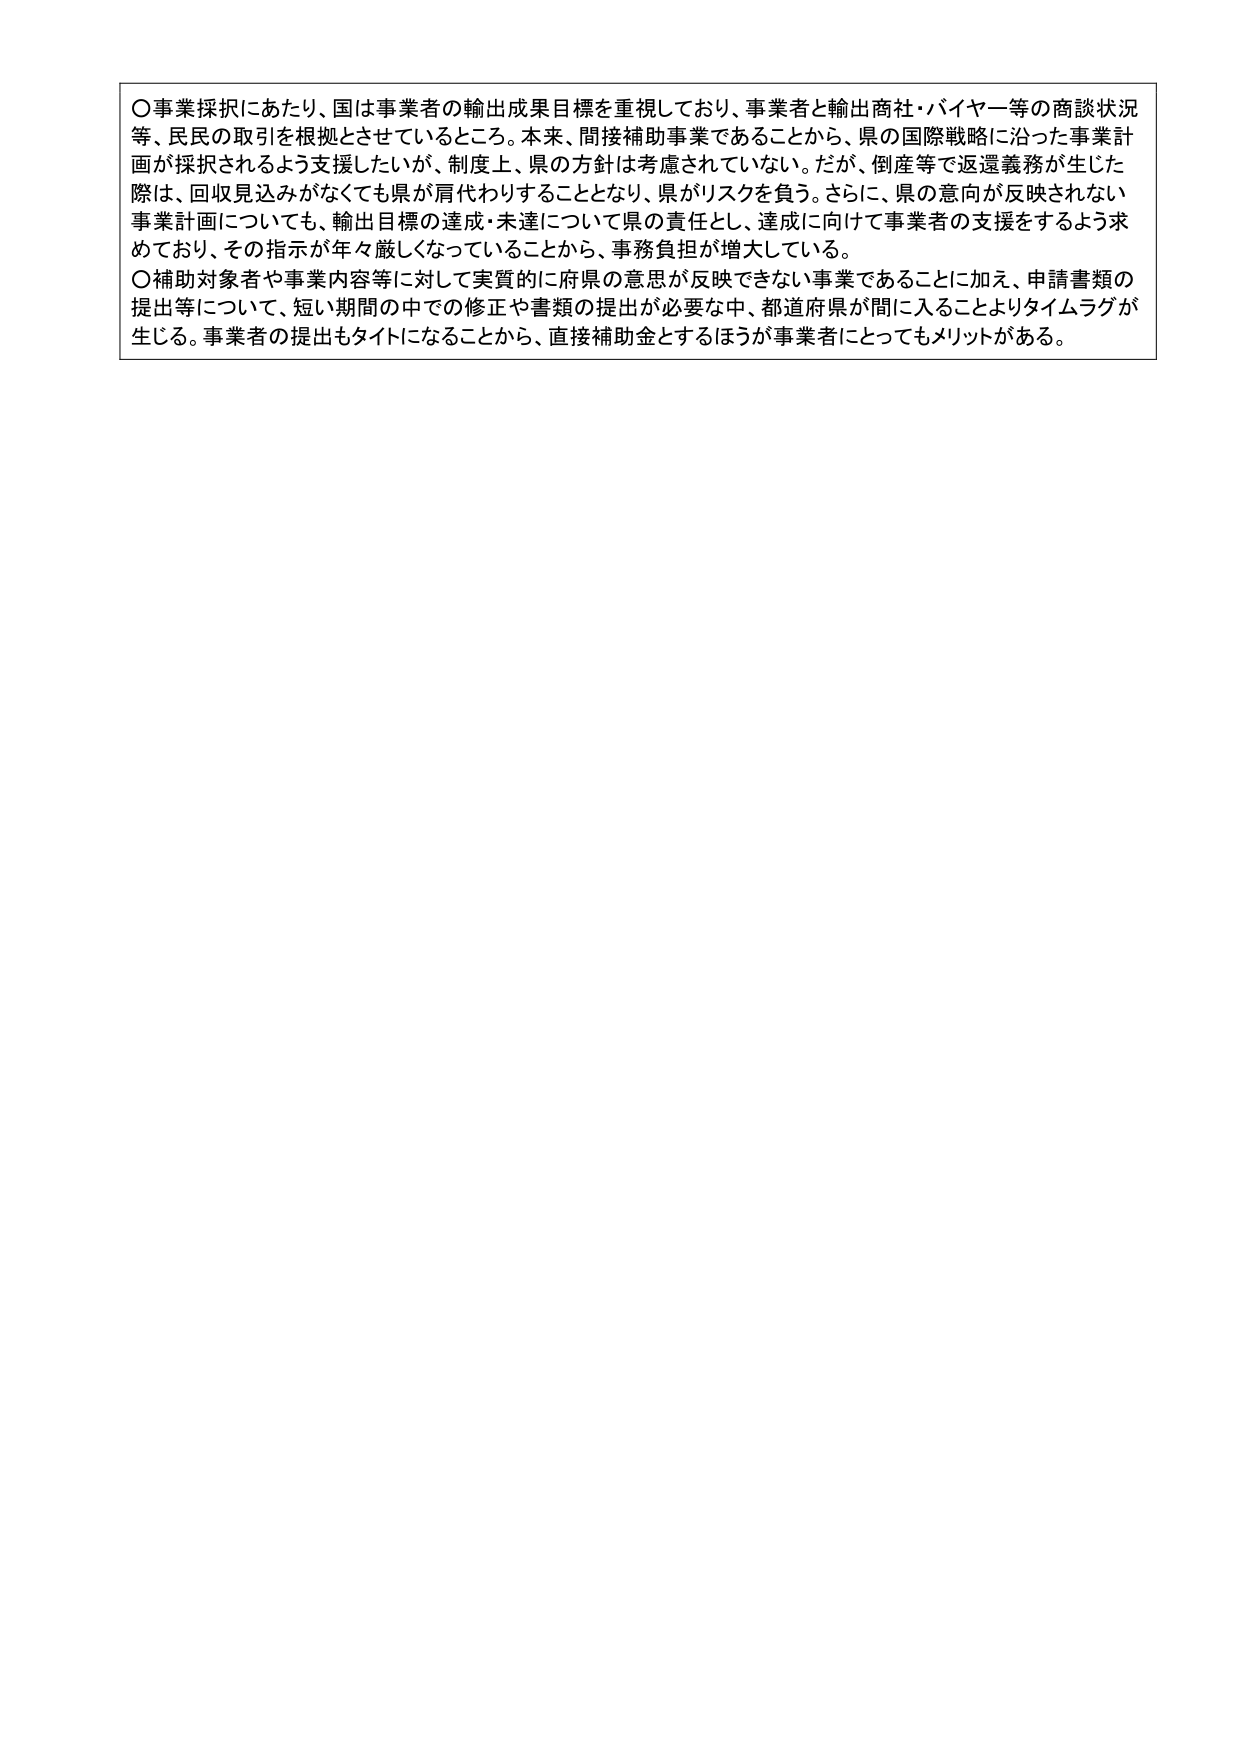
〇事業採択にあたり、国は事業者の輸出成果目標を重視しており、事業者と輸出商社・バイヤー等の商談状況等、民民の取引を根拠とさせているところ。本来、間接補助事業であることから、県の国際戦略に沿った事業計画が採択されるよう支援したいが、制度上、県の方針は考慮されていない。だが、倒産等で返還義務が生じた際は、回収見込みがなくても県が肩代わりすることとなり、県がリスクを負う。さらに、県の意向が反映されない事業計画についても、輸出目標の達成・未達について県の責任とし、達成に向けて事業者の支援をするよう求めており、その指示が年々厳しくなっていることから、事務負担が増大している。

〇補助対象者や事業内容等に対して実質的に府県の意思が反映できない事業であること加え、申請書類の提出等について、短い期間の中での修正や書類の提出が必要な中、都道府県が間に入ることよりタイムラグが生じる。事業者の提出もタイトになることから、直接補助金とするほうが事業者にとってもメリットがある。